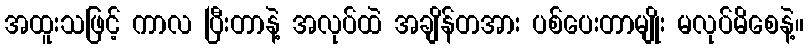
အထူးသဖြင့် ကာလ ပြီးတာနဲ့ အလုပ်ထဲ အချိန်တအား ပစ်ပေးတာမျိုး မလုပ်မိစေနဲ့။